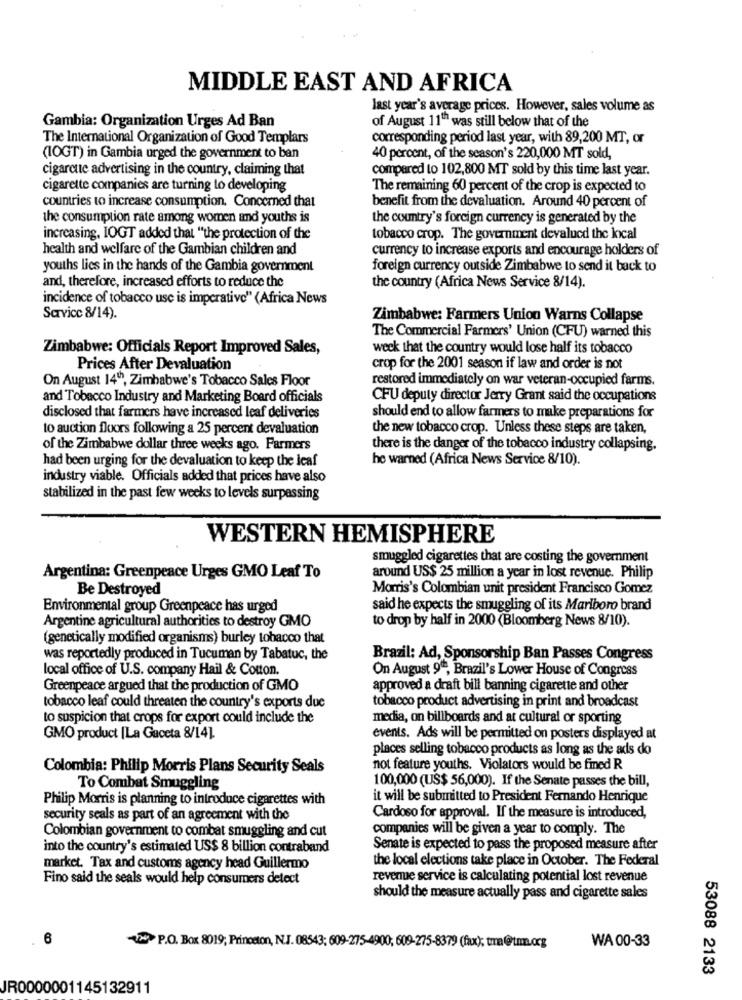
MIDDLE EAST AND AFRICA
last year's average prices. However, sales volume as
Gambia: Organization Urges Ad Ban
of August 11" was still below that of the
The International Organization of Good Templars
corresponding period last year, with 89,200 MT, or
(IOGT) in Gambia urged the government to ben
40 percent, of the season's 220,000 MT sold,
cigarette advertising in the country, claiming that
compared to 102,800 MT sold by this time last year.
cigarette companies are turning to developing
The remaining 60 percent of the crop is expected to
countries to increase consumption, Concerned that
benefit from the devaluation. Around 40 percent of
the consumption rate among women and youths is
the country's foreign currency is generated by the
increasing, IOGT added that "the protection of the
tobacco crop. The government devalued the local
health and welfare of the Gambian children and
currency to increase exports and encourage holders of
youths lies in the hands of the Gambia government
foreign currency outside Zimbabwe to send it back to
and, therefore, increased efforts to reduce the
the country (Africa News Service 8/14).
incidence of tobacco use is imperative" (Africa News
Sarvicc 8/14).
Zimbabwe: Farmers Union Warns Collapse
The Commercial Farmers' Union (CFU) warned this
Zimbabwe: Officials Report Improved Sales,
week that the country would lose half its tobacco
Prices After Devaluation
crop for the 2001 season if law and order is not
On August 14", Zimbabwe's Tobacco Sales Floor
restored immediately on war veteran-occupied farms.
and Tobacco Industry and Marketing Board officials
CFU deputy director Jerry Grant said the occupations
disclosed that farmers have increased leaf deliveries
should end to allow farmers to make preparations for
to auction floors following a 25 percent devaluation
the new tobacco crop. Unless these steps are taken,
of the Zimbabwe dollar three weeks ago. Farmers
there is the danger of the tobacco industry collapsing.
had been urging for the devaluation to keep the leaf
he warned (Africa News Service 8/10).
industry viable. Officials added that prices have also
stabilized in the past few weeks to levels surpassing
WESTERN HEMISPHERE
smuggled cigarettes that are costing the government
Argentina: Greenpeace Urges GMO Leaf To
around US$ 25 million a year in lost revenue. Philip
Be Destroyed
Morris's Colombian unit president Francisco Gomez
Environmental group Greenpeace has urged
said he expects the smuggling of its Marlboro brand
to drop by half in 2000 (Bloomberg News 8/10).
Argentine agricultural authorities to destroy GMO
(genetically modified organisms) burley tobacco that
was reportedly produced in Tucuman by Tabatuc, the
Brazil: Ad, Sponsorship Ban Passes Congress
local office of U.S. company Hail & Cotton.
On August 9", Brazil's Lower House of Congress
Greenpeace argued that the production of GMO
approved a draft bill banning cigarette and other
tobacco product advertising in print and broadcast
tobacco leaf could threaten the country's exports due
to suspicion that crops for export could include the
media, on billboards and at cultural or sporting
GMO product [La Gaceta 8/14].
events. Ads will be permitted on posters displayed at
places selling tobacco products as long as the ads do
Colombia: Philip Morris Plans Security Seals
not feature youths. Violators would be fined R
To Combat Smuggling
100,000 (US$ 56,000). If the Senate passes the bill,
Philip Morris is planning to introduce cigarettes with
it will be submitted to President Fernando Henrique
security seals as part of an agreement with the
Cardoso for approval. If the measure is introduced,
companies will be given a year to comply. The
Colombian government to combat smuggling and cut
into the country's estimated US$ 8 billion contraband
Senate is expected to pass the proposed measure after
the local elections take place in October. The Federal
market. Tax and customs agency head Guillermo
Fino said the seals would help consumers detect
revenue service is calculating potential lost revenue
should the measure actually pass and cigarette sales
6
WA 00-33
P.O. Box 8019; Princeton, N.J. 08543; 609-275-4900; 609-275-8379 (fx); tma@tm.org
53088 2133
JR0000001145132911